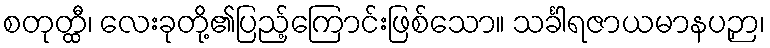
စတုတ္ထီ၊ လေးခုတို့၏ပြည့်ကြောင်းဖြစ်သော။ သင်္ခါရဇာယမာနပဉှာ၊